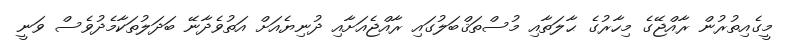
މީގެއިތުރުން ރާއްޖޭގެ މިހާރުގެ ޙާލަތާއި މުސްތަޤްބަލުގައި ރާއްޖެއަށާއި ދުނިޔެއަށް އަތުވެދާނޭ ބަދަލުތަކާމެދުވެސް ވަނީ